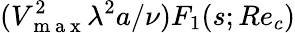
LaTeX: (V_{\mathrm{~m~a~x~}}^{2}\lambda^{2}a/\nu)F_{1}(s;Re_{c})